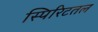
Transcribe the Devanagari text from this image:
स्पिरिटतल